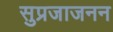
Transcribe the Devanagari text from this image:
सुप्रजाजनन